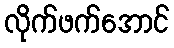
လိုက်ဖက်အောင်